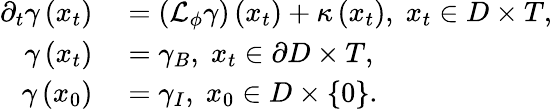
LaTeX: \begin{array}{rl}{\partial_{t}\gamma\left(x_{t}\right)}&{{}=\left(\mathcal{L}_{\phi}\gamma\right)\left(x_{t}\right)+\kappa\left(x_{t}\right),\; x_{t}\in D\times T,}\\ {\gamma\left(x_{t}\right)}&{{}=\gamma_{B},\; x_{t}\in\partial D\times T,}\\ {\gamma\left(x_{0}\right)}&{{}=\gamma_{I},\; x_{0}\in D\times\{ 0\} .}\end{array}